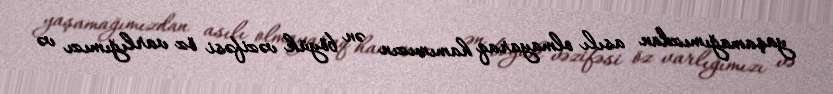
yaşamağımızdan asılı olmayaraq hamımızın ən böyük vəzifəsi öz varlığımızı və